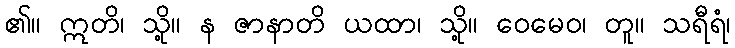
၏။ ဣတိ၊ သို့။ န ဇာနာတိ ယထာ၊ သို့။ ဝေမေဝ၊ တူ။ သရီရံ၊